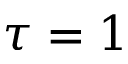
\tau = 1